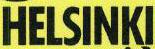
HELSINKI